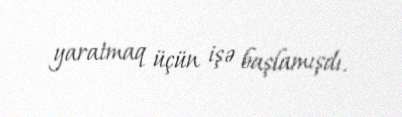
yaratmaq üçün işə başlamışdı.